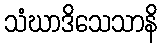
သံဃာဒိသေသာနိ